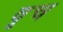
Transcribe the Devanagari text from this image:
वृच